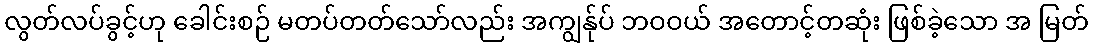
လွတ်လပ်ခွင့်ဟု ခေါင်းစဉ် မတပ်တတ်သော်လည်း အကျွန်ုပ် ဘဝဝယ် အတောင့်တဆုံး ဖြစ်ခဲ့သော အ မြတ်